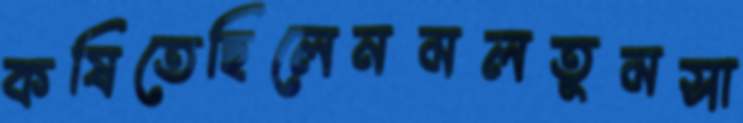
কষিতেছিলেনমলতুমসা